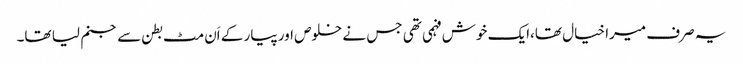
یہ صرف میرا خیال تھا،ایک خوش فہمی تھی جس نے خلوص اور پیار کے اَن مٹ بطن سے جنم لیا تھا۔